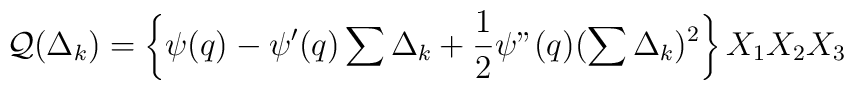
{\cal Q}(\Delta_k)  =  \left\{ \psi (q)-\psi'(q) \sum \Delta_k+\frac{1}{2}               \psi "(q) (\sum \Delta_k)^2 \right\} X_1 X_2 X_3